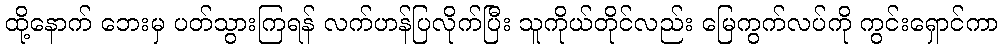
ထို့နောက် ဘေးမှ ပတ်သွားကြရန် လက်ဟန်ပြလိုက်ပြီး သူကိုယ်တိုင်လည်း မြေကွက်လပ်ကို ကွင်းရှောင်ကာ